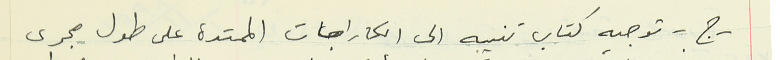
- ج - توجيه كتاب تنبيه الى الكاراجات الممتدة على طول مجرى